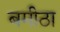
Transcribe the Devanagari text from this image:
बमीठा